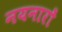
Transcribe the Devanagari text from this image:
नयनारों